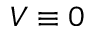
V \equiv 0